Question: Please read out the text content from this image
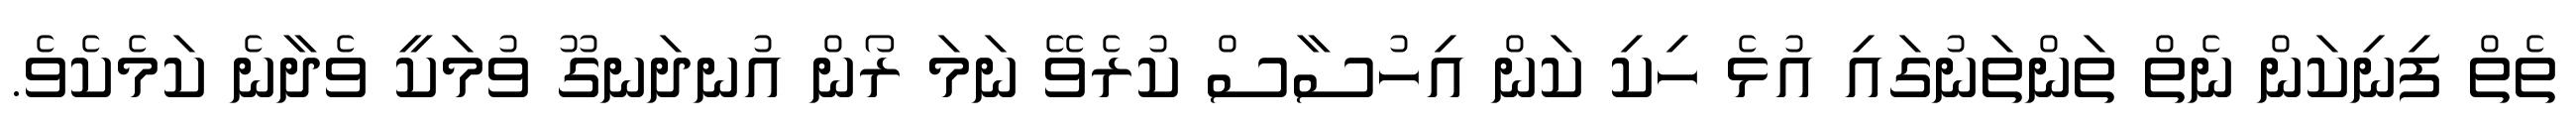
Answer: ތެތް ފިނިކަން ނެތް ތަންތަނުގައި އުޅެ ހިކި ކަން އިހުސާސް ކުރެވޭ ނަމަ ރޯން އުނދަނގޫ ވުމަކީ ވެދާނެ ކަމެކެވެ.